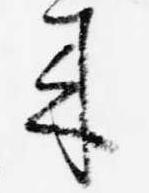
来